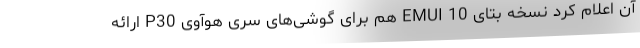
آن اعلام کرد نسخه بتای EMUI 10 هم برای گوشی‌های سری هوآوی P30 ارائه